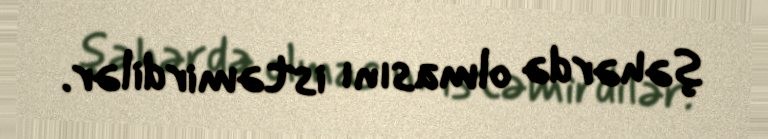
şəhərdə olmasını istəmirdilər.